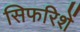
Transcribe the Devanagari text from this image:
सिफरिशें